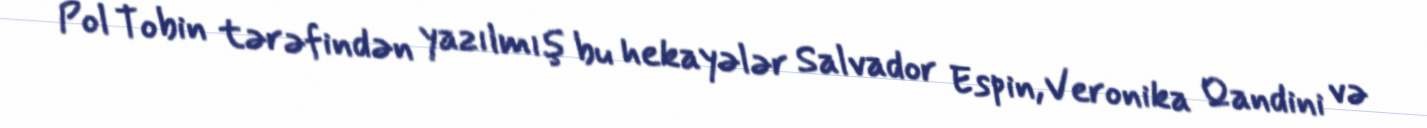
Pol Tobin tərəfindən yazılmış bu hekayələr Salvador Espin, Veronika Qandini və